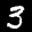
Label: 3